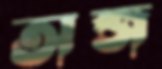
অব্জ